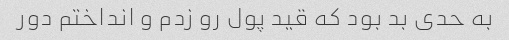
به حدی بد بود که قید پول رو زدم و انداختم دور